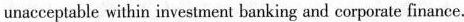
unacceptable within investment banking and corporate finance.